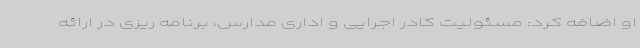
او اضافه کرد: مسئولیت کادر اجرایی و اداری مدارس، برنامه ریزی در ارائه